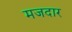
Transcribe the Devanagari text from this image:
मजदार